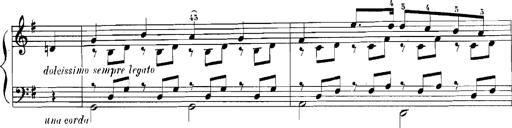
Title: Rhapsodies hongroises
Composer: Franz Liszt